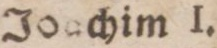
Joachim I.